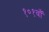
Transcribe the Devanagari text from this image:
१०१वाँ